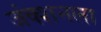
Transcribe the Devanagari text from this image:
जंक्शनला